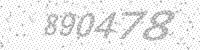
Solution: 890478